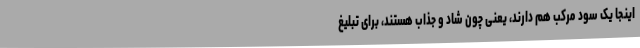
اینجا یک سود مرکب هم دارند، یعنی چون شاد و جذاب هستند، برای تبلیغ